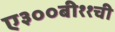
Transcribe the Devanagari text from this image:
ए३००बी११ची